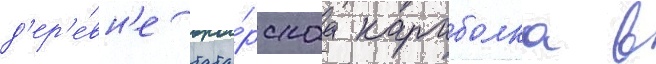
д'ер'е́вн'е тата́рскаа караболка в